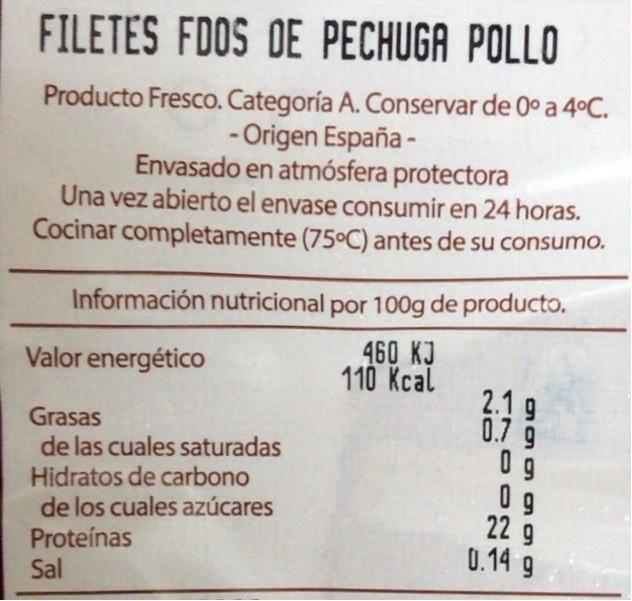
FILETES FDOS DE PECHUGA POLLO
Producto Fresco. Categoría A. Conservar de 0° a 4°C. - Origen España - Envasado en atmósfera protectora Una vez abierto el envase consumir en 24 horas. Cocinar completamente (75C) antes de su consumo.
Información nutricional por 100g de producto.
460 KJ 110 Kcal
Valor energético
Grasas de las cuales saturadas Hidratos de carbono de los cuales azúcares Proteínas Sal
2.1 g 0.7 9 0 9 0 g 22 g 0.14 g